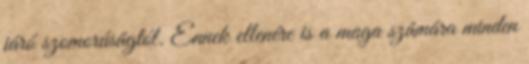
járó szomorúságtól. Ennek ellenére is a maga számára minden